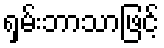
ရှမ်းဘာသာဖြင့်